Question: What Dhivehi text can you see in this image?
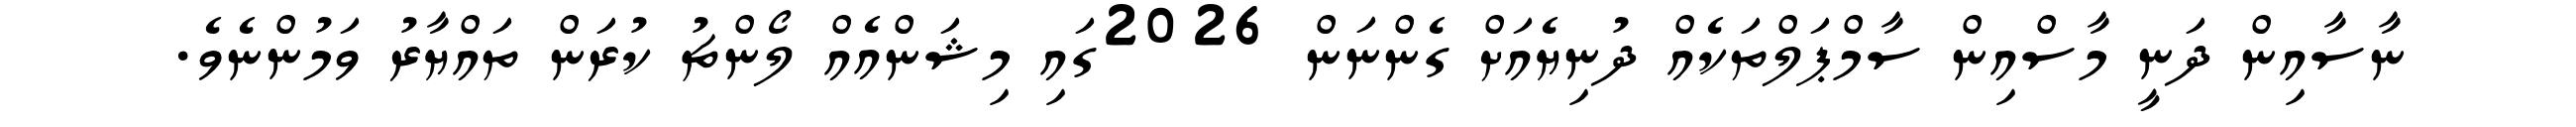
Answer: ނާސާއިން ދަނީ މާސްއިން ސާމްޕަލްތަކެއް ދުނިޔެއަށް ގެންނަން 2026ގައި މިޝަންއެއް ލޯންޗު ކުރަން ތައްޔާރު ވަމުންނެވެ.